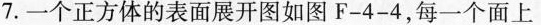
7.一个正方体的表面展开图如图F-4-4，每一个面上